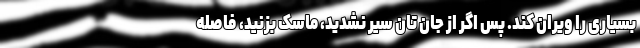
بسیاری را ویران کند. پس اگر از جان تان سیر نشدید، ماسک بزنید، فاصله